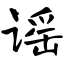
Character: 谣